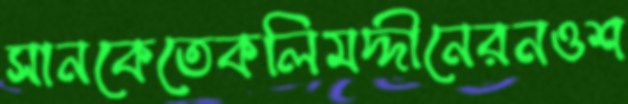
সানকেতেকলিমদ্দীনেরনওশ